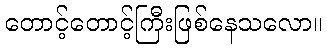
တောင့်တောင့်ကြီးဖြစ်နေသလော။